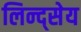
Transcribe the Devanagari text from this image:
लिन्द्सेय